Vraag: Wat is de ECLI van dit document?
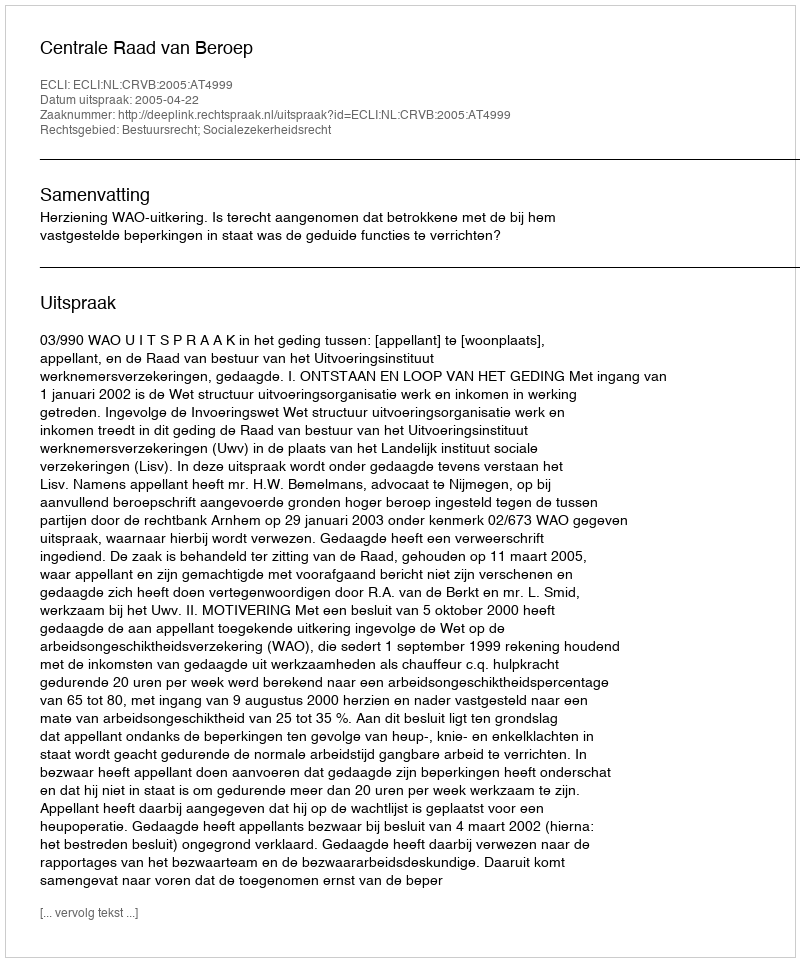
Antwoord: ECLI:NL:CRVB:2005:AT4999